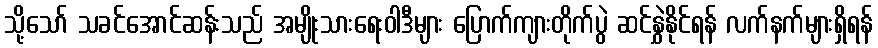
သို့သော် သခင်အောင်ဆန်းသည် အမျိုးသားရေးဝါဒီများ ပြောက်ကျားတိုက်ပွဲ ဆင်နွှဲနိုင်ရန် လက်နက်များရှိရန်